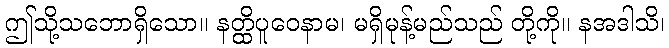
ဤသို့သဘောရှိသော။ နတ္ထိပူဝေနာမ၊ မရှိမုန့်မည်သည် တို့ကို။ နအဒါသိ၊